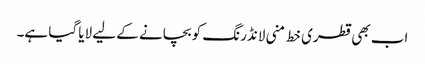
اب بھی قطری خط منی لانڈرنگ کو بچانے کے لیے لایا گیا ہے۔